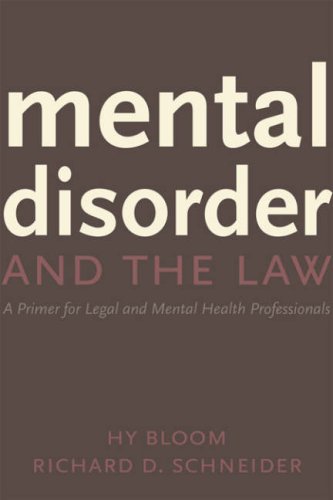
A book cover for Mental Disorder and the Law: A Primer for Legal and Mental Health Professionals; Hy Bloom; Law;